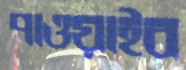
পাওয়াইব